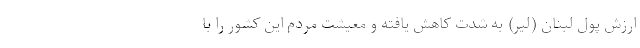
ارزش پول لبنان (لیر) به شدت کاهش یافته و معیشت مردم این کشور را با